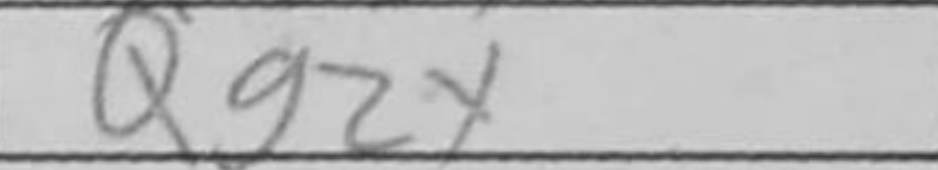
Transcription: Qg2+